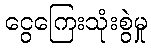
ငွေကြေးသုံးစွဲမှု